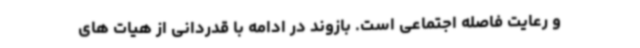
و رعایت فاصله اجتماعی است. بازوند در ادامه با قدردانی از هیات های